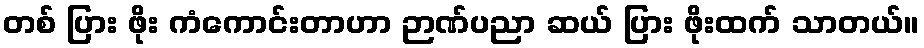
တစ် ပြား ဖိုး ကံကောင်းတာဟာ ဉာဏ်ပညာ ဆယ် ပြား ဖိုးထက် သာတယ်။